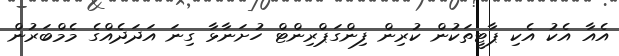
އެއާ އެކު އެކި ޕާޓީތަކުން ކުރިން ފިންގަޕްރިންޓް ހުށަނާޅާ ގިނަ އަދަދެއްގެ މެމްބަރުން